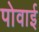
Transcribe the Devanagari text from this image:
पोवाई